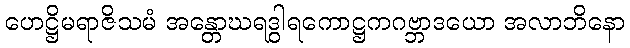
ဟေဋ္ဌိမရာဇိသမံ အန္တောဃရဒွါရကောဋ္ဌကဂဗ္ဘာဒယော အလာဘိနော